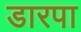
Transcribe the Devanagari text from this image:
डारपा